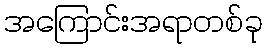
အကြောင်းအရာတစ်ခု